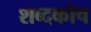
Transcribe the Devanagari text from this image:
शब्‍दकोष